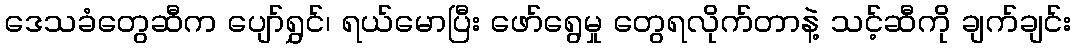
ဒေသခံတွေဆီက ပျော်ရွှင်၊ ရယ်မောပြီး ဖော်ရွေမှု တွေရလိုက်တာနဲ့ သင့်ဆီကို ချက်ချင်း